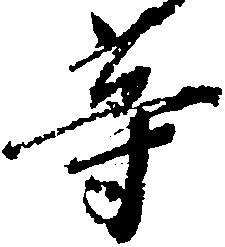
等